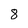
Character: 8